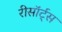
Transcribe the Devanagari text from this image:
रीसॉर्ट्स